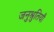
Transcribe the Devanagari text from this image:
जनुश्रुतियाँ